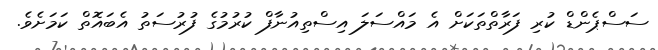
ސަސްޕެންޑް ކުރި ފަރާތްތަކަށް އެ މައްސަލަ އިސްތިއުނާފް ކުރުމުގެ ފުރުސަތު އެބައޮތް ކަމަށެވެ.